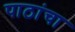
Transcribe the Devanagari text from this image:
पाठांचा